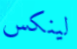
لينكس